Leaving Certificate Examination, 1903
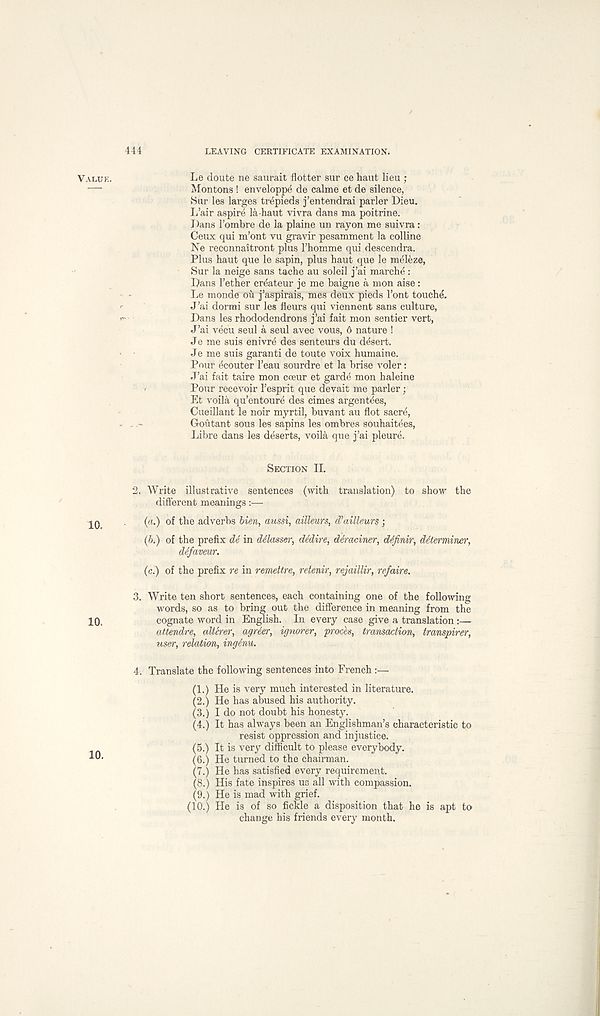
444
LEAVING CERTIFICATE EXAMINATION.
VALUE.
Le doute ne saurait flutter sur ce haut lieu ;
—
Montons ! enveloppe de calme et de silence,
Sur les larges trepieds j’entendrai parler Dieu.
L’air aspire la haut vivra dans ma poitrine.
Dans I’ombre de la plaine un rayon me suivra:
Ceux qui m’ont vu gravir pesamment la colline
Ne reconnaitront plus Thomme qui descendra.
Plus haut que le sapin, plus haut que le meleze,
Sur la neige sans tache au soleil j’ai marche :
Dans Tether createur je me baigne a mon aise :
Le monde ou j’aspirais, mes deux pieds Font touche.
J’ai dormi sur les fleurs qui viennent sans culture,
«■ -
Dans les rhododendrons j’ai fait mon sentier vert,
J’ai vecu seul a seul avec vous, 6 nature !
Je me suis enivr^ des senteurs du desert.
Je me suis garanti de toute voix humaine.
Pour (icouter Teau sourdre et la brise voler:
J’ai fait taire mon cceur et garde mon haleine
-
Pour recevoir Tesprit que devait me parler;
Et voila qu’entoure des cimes argentles,
Cueillant le noir myrtil, buvant au flot sacre,
Goutant sous les sapins les ombres souhaitees,
Libre dans les deserts, voila que j’ai pleure.
10.
10.
SECTION II.
2. Write illustrative sentences (with translation) to show the
different meanings :—-
(a.) of the adverbs bien, aussi, ailleurs, d’ailleurs ;
(b.) of the prefix de in ddasser, didire, d&raciner, ddfinir, diterminer,
difavmr.
(c.) of the prefix re in remettre, retenir, rejaillir, refaire.
3. Write ten short sentences, each containing one of the following
words, so as to bring out the difference in meaning from the
cognate word in English. In every case give a translation:—
attendre, alterer, agrier, ignorer, proch, transaction, transpirer,
user, relation, inginu.
4. Translate the following sentences into French :—
(1.) He is very much interested in literature.
(2.) He has abused his authority.
(3.) I do not doubt his honesty.
(4.) It has always been an Englishman’s characteristic to
resist oppression and injustice.
(5.) It is very difficult to please everybody.
(6.) He turned to the chairman.
(7.) He has satisfied every requirement.
(8.) His fate inspires us all with compassion.
(9.) He is mad with grief.
(10.) He is of so fickle a disposition that he is apt to
change his friends every month.